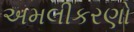
અમલીકરણો